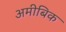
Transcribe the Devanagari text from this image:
अमीबिक